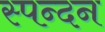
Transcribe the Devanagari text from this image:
स्‍पन्‍दन